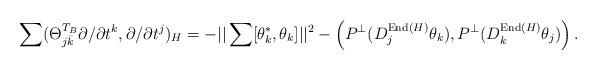
LaTeX: \begin{align*}\sum(\Theta_{j\bar k}^{T_B} \partial/\partial t^k, \partial/\partial t^j)_H= -||\sum [\theta_k^*, \theta_k]||^2- \left( P^{\bot} (D^{{\rm End}(H)}_j \theta_k), P^{\bot} (D^{{\rm End}(H)}_k \theta_j) \right).\end{align*}